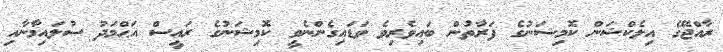
ރާއްޖޭގެ އިލެކްޝަން ކޮމިޝަނުގެ ފަރާތުން ބައިވެރިވެ ވަޑައިގެންނެވީ ކޮމިޝަނުގެ ރައީސް އަޙްމަދު ސުލައިމާނާއި